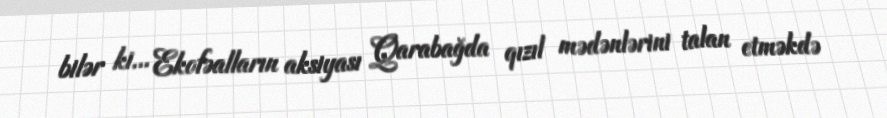
bilər ki... Ekofəalların aksiyası Qarabağda qızıl mədənlərini talan etməkdə